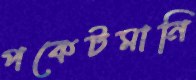
পকেটমানি